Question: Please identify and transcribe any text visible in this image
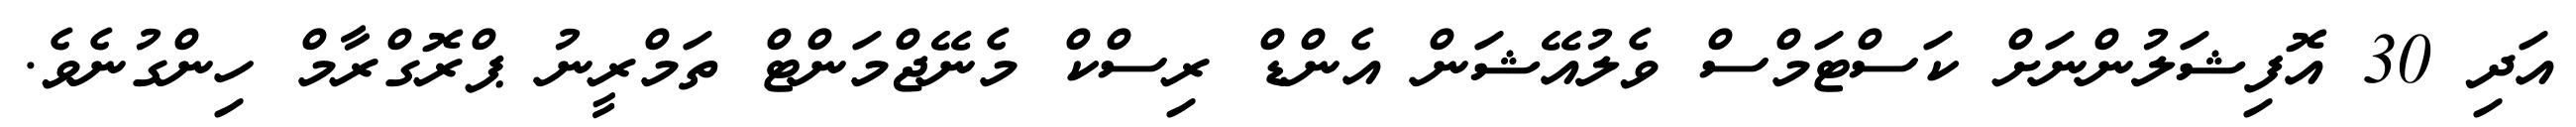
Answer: އަދި 30 އޮފިޝަލުންނަށް ކަސްޓަމްސް ވެލުއޭޝަން އެންޑް ރިސްކް މެނޭޖްމަންޓް ތަމްރީނު ޕްރޮގްރާމް ހިންގުނެވެ.